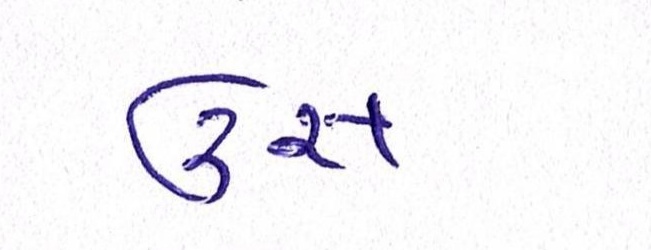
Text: ઉસ